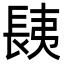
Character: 𨱾